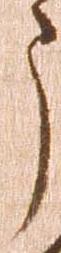
う